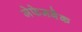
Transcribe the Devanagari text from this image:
जेफेनबैक